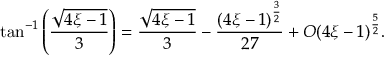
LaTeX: \tan ^ { - 1 } \left( \frac { { \sqrt { 4 \xi - 1 } } } { 3 } \right) = \frac { { \sqrt { 4 \xi - 1 } } } { 3 } - \frac { ( 4 \xi - 1 ) ^ { \frac { 3 } { 2 } } } { 2 7 } + O ( 4 \xi - 1 ) ^ { \frac { 5 } { 2 } } .